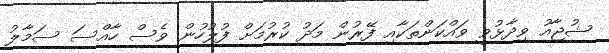
ޝުޖާއު ވިދާޅުވީ ވައްކަންތަކާއި ފޭރުން މަދު ކުރުމަށް ފުލުހުން ވެސް ހާއްސަ ސަމާލު